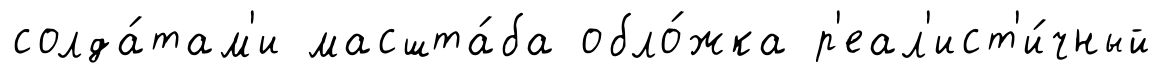
солда́там'и масшта́ба обло́жка р'еал'ист'и́чный